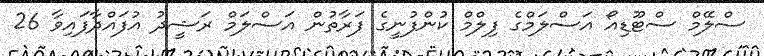
ސްލޭމް ސްޓޫޑިއޯ އަސްލަމްގެ ފިލްމް ކުންފުނީގެ ފަރާތުން އަސްލަމް ރަޝީދު އުފައްދާފައިވާ 26